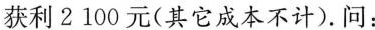
获利2100元(其它成本不计)。问：